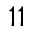
1 1